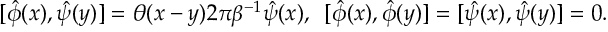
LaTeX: [ \hat { \phi } ( x ) , \hat { \psi } ( y ) ] = \theta ( x - y ) 2 \pi \beta ^ { - 1 } \hat { \psi } ( x ) , \enspace [ \hat { \phi } ( x ) , \hat { \phi } ( y ) ] = [ \hat { \psi } ( x ) , \hat { \psi } ( y ) ] = 0 .